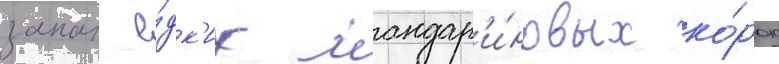
запах е́дк'их мандар'и́новых ко́рок